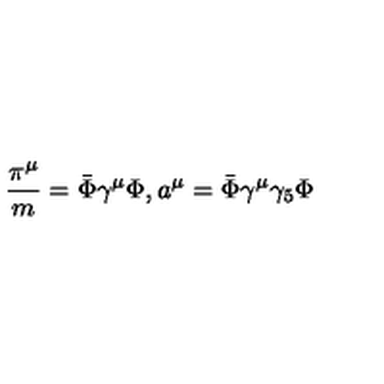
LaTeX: \frac { \pi ^ { \mu } } { m } = \bar { \Phi } \gamma ^ { \mu } \Phi , a ^ { \mu } = \bar { \Phi } \gamma ^ { \mu } \gamma _ { 5 } \Phi